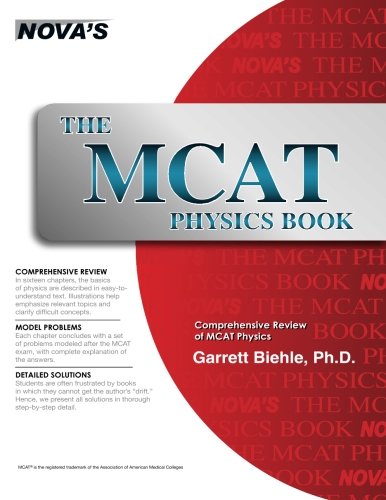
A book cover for The MCAT Physics Book; Garrett Biehle; Test Preparation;